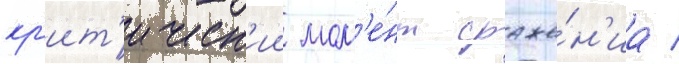
кр'ит'ическ'ии мом'е́нт сраже́н'иа /